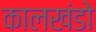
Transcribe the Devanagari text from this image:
कालखंडो